Vaccination returns of the Province of Eastern Bengal and Assam - 1905-1912
Year: 1905
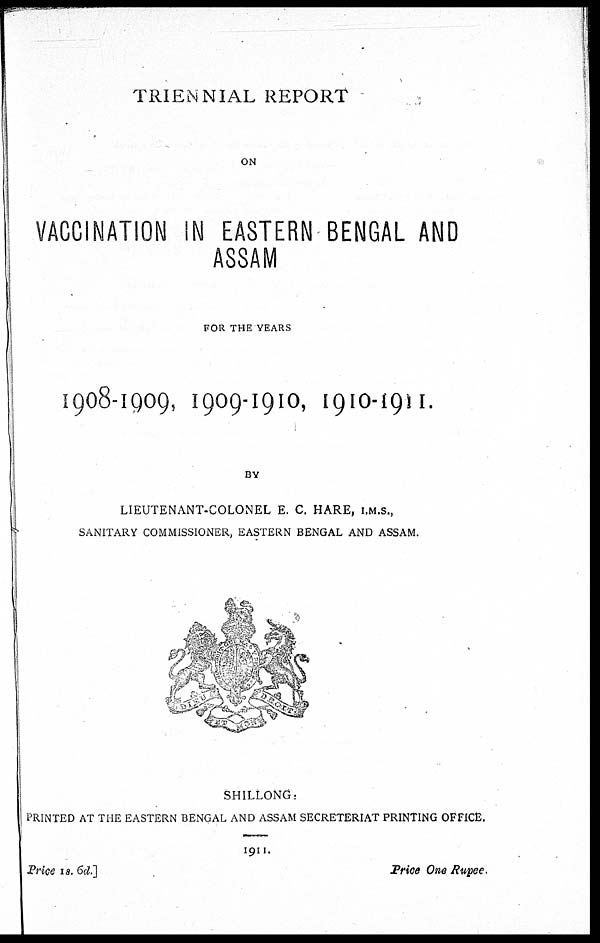
TRIENNIAL REPORT
ON
VACCINATION IN EASTERN BENGAL AND
ASSAM
FOR THE YEARS
1908-1909, 1909-1910, 1910-1911.
BY
LIEUTENANT-COLONEL E. C. HARE, I.M.S.,
SANITARY COMMISSIONER, EASTERN BENGAL AND ASSAM.
SHILLONG:
PRINTED AT THE EASTERN BENGAL AND ASSAM SECRETERIAT PRINTING OFFICE.
1911.
Price 1 s. 6d.]
Price One Rupee.